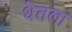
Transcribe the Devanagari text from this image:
धेतला